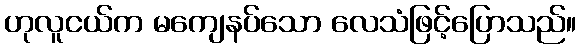
ဟုလူငယ်က မကျေနပ်သော လေသံဖြင့်ပြောသည်။